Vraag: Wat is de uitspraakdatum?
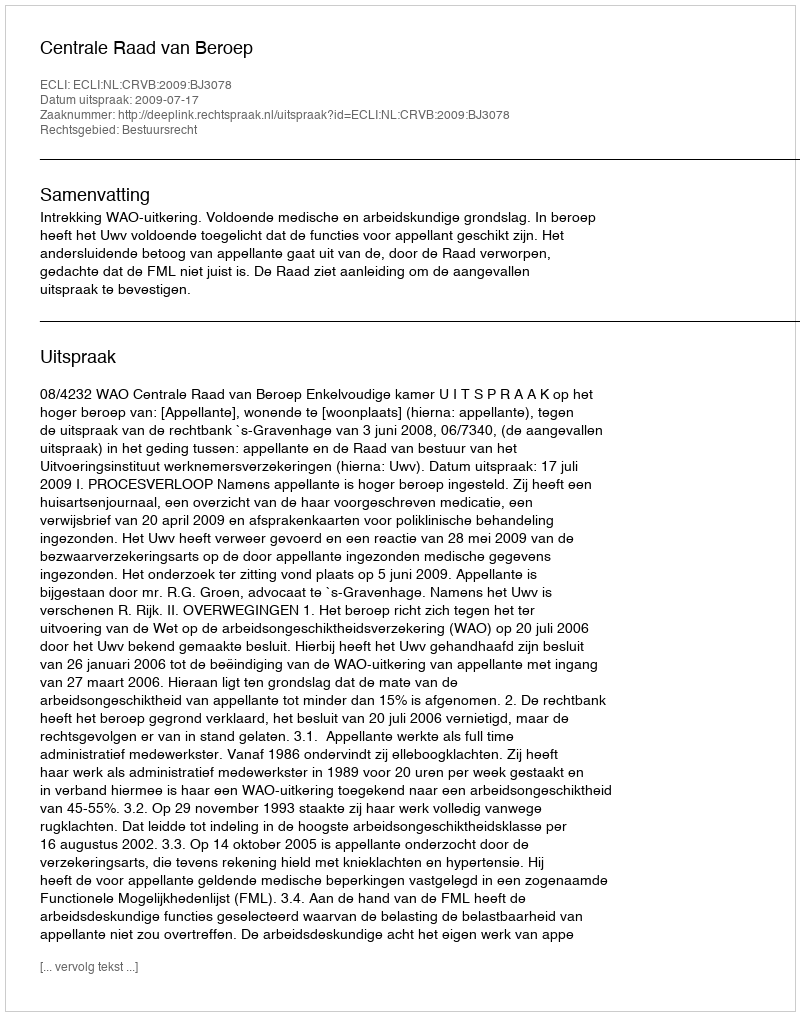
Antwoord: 2009-07-17